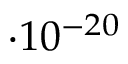
\cdot 1 0 ^ { - 2 0 }